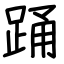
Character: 踊